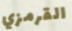
القرمزي